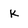
Character: K